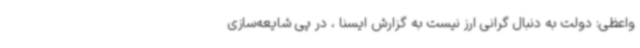
واعظی: دولت به دنبال گرانی ارز نیست به گزارش ایسنا ، در پی شایعه‌سازی